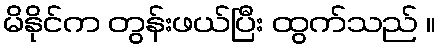
မိနိုင်က တွန်းဖယ်ပြီး ထွက်သည် ။